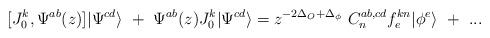
LaTeX: \begin{align*}[J^k_0,\Psi^{ab}(z)]|\Psi^{cd}\rangle~+~\Psi^{ab}(z)J^k_0|\Psi^{cd}\rangle=z^{-2\Delta_O+\Delta_\phi}~C^{ab,cd}_nf^{kn}_e|\phi^e\rangle~+~...\end{align*}